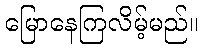
မြောနေကြလိမ့်မည်။